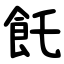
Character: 飥